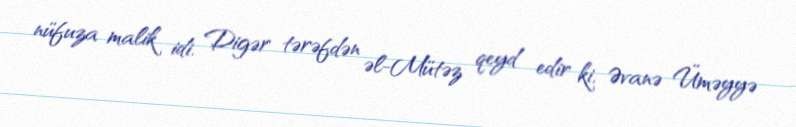
nüfuza malik idi. Digər tərəfdən əl-Mütəz qeyd edir ki, Əvanə Üməyyə